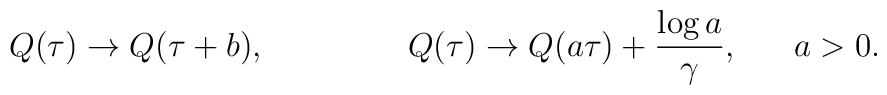
Q(\tau)\rightarrow Q(\tau +b),~~~~~~~~~~~~~Q(\tau)\rightarrow Q(a\tau)+\frac{\log a}{\gamma},~~~~~a>0.